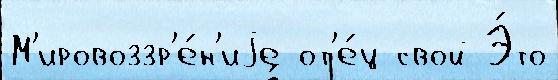
М'ировоззр'е́н'иjе от'е́ц свой Э́то